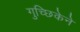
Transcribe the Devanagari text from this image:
गुच्छिकेने